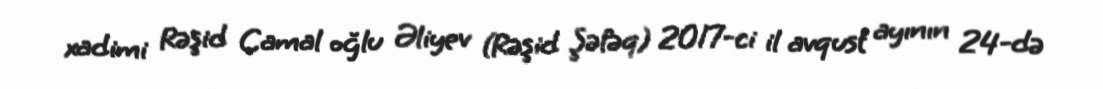
xadimi Rəşid Camal oğlu Əliyev (Rəşid Şəfəq) 2017-ci il avqust ayının 24-də